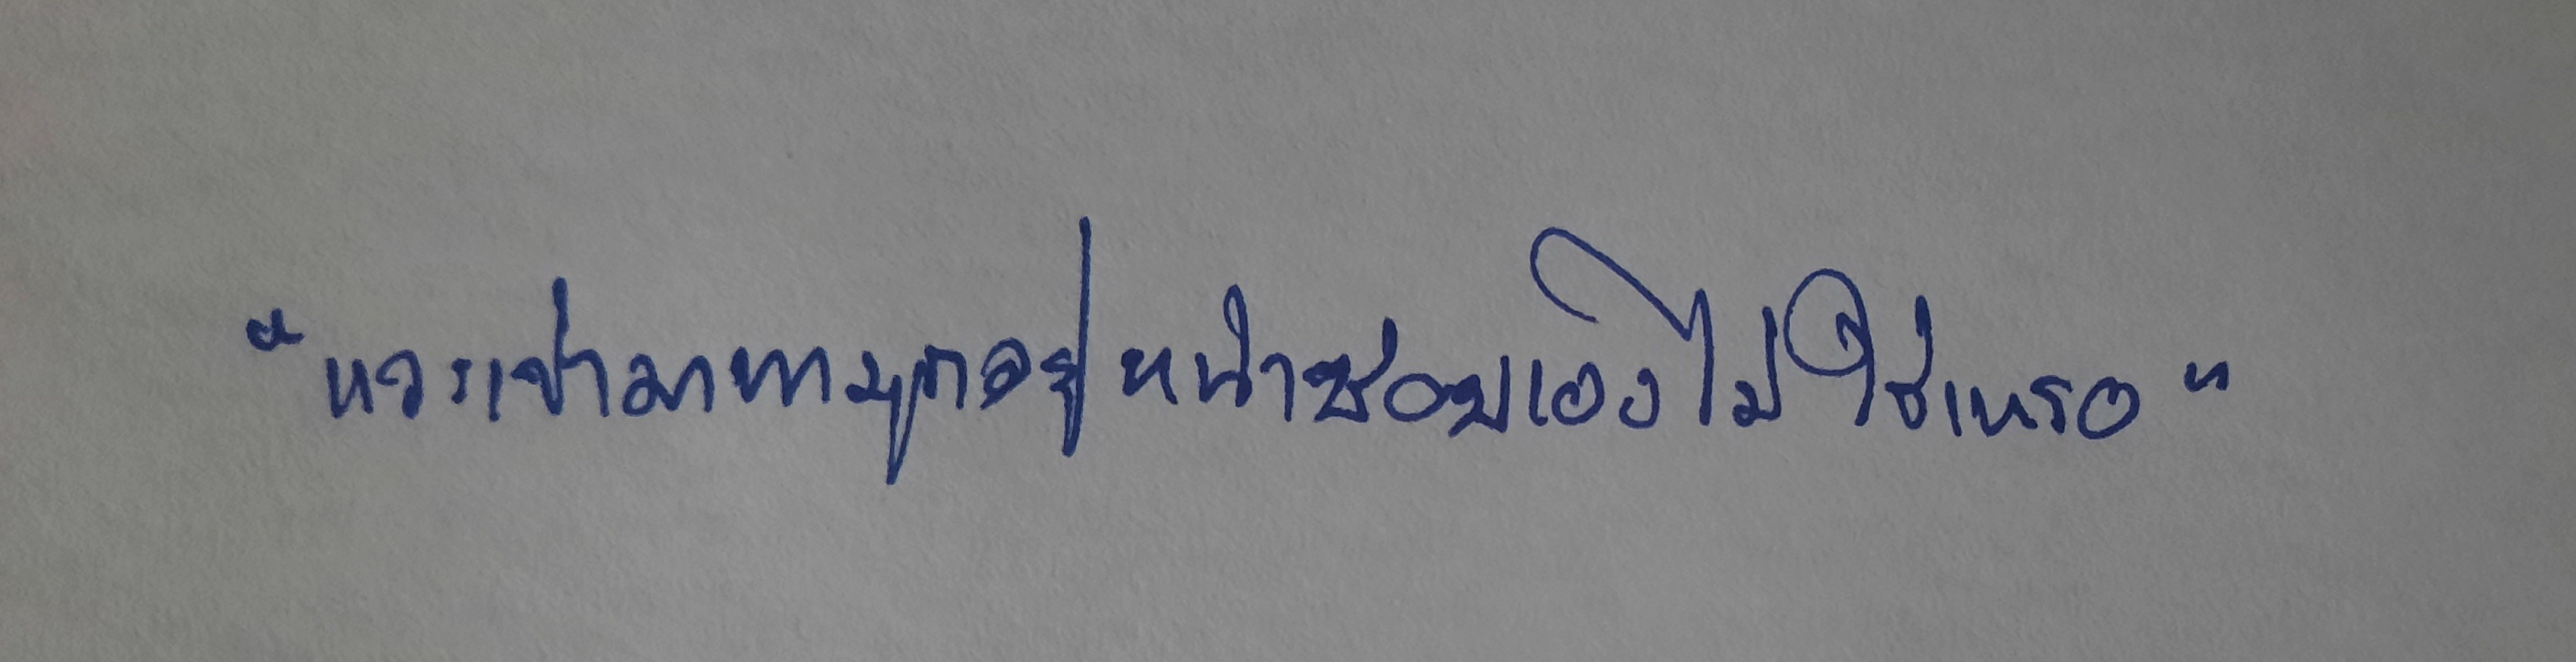
"แวะเข้ามาหามุกอยู่หน้าซอยเองไม่ใช่เหรอ"